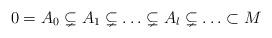
LaTeX: \begin{align*}0 = A_0 \subsetneq A_1 \subsetneq \ldots \subsetneq A_l \subsetneq \ldots \subset M\end{align*}